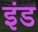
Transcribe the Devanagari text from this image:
इंड